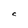
Character: C